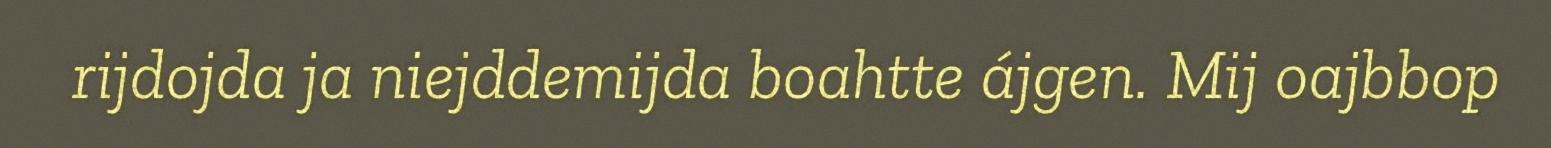
rijdojda ja niejddemijda boahtte ájgen. Mij oajbbop